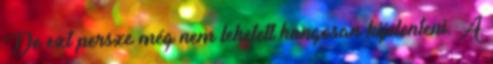
De ezt persze még nem lehetett hangosan kijelenteni. A